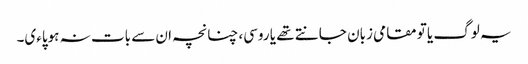
یہ لوگ یا تو مقامی زبان جانتے تھے یا روسی، چنانچہ ان سے بات نہ ہوپاءی۔